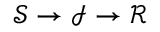
{ \mathcal { S } } \rightarrow { \mathcal { I } } \rightarrow { \mathcal { R } }